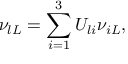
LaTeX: \nu _ { l L } = \sum _ { i = 1 } ^ { 3 } U _ { l i } \nu _ { i L } ,